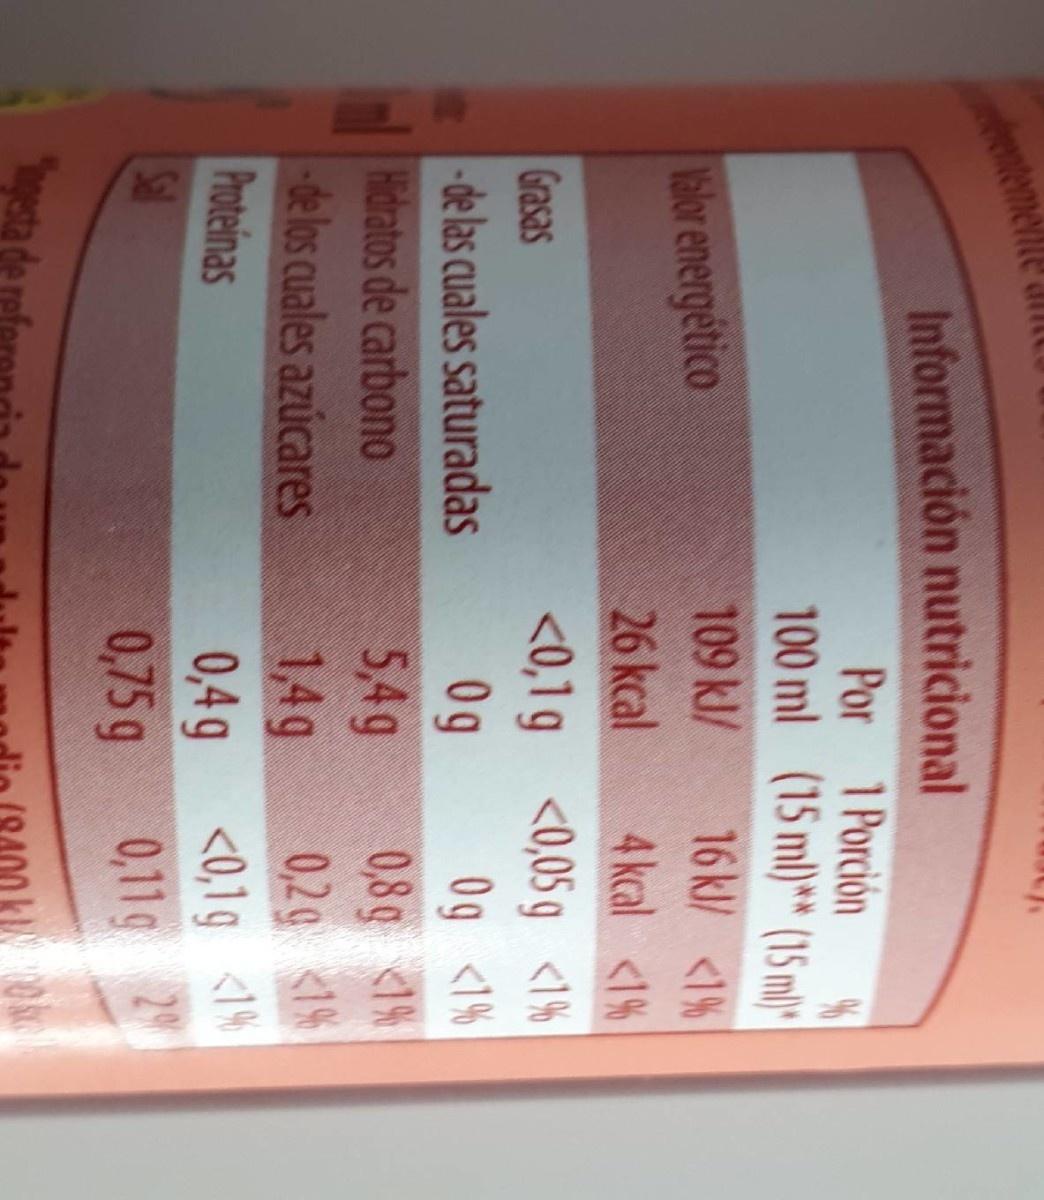
Información nutricional Por 1 Porción 100 ml (15 ml)* (15 m)" lalor energético 109 kJ/ 16kl/ <1% 4 kcal <1% 26 kcal <0,1g <0,05 g <1% 0g Grasas Og <1% 0,8g <1% -de las cuales saturadas Hidratos de carbono de los cuales azúcares Proteinas Sal 5,4g 0,2g 1% 1,4g <0,1g <1% 0,4g 0,11g 2 0,75 g gesta de